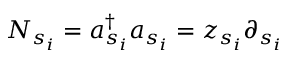
N _ { s _ { i } } = a _ { s _ { i } } ^ { \dagger } a _ { s _ { i } } = z _ { s _ { i } } \partial _ { s _ { i } }